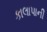
કાલાપાની